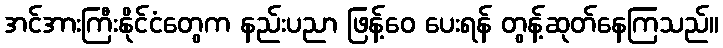
အင်အားကြီးနိုင်ငံတွေက နည်းပညာ ဖြန့်ဝေ ပေးရန် တွန့်ဆုတ်နေကြသည်။